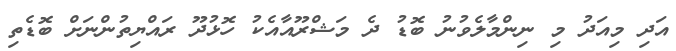
އަދި މިއަދު މި ނިންމާލެވުނު ބޮޑު ދެ މަޝްރޫއާއެކު ހޮޅުދޫ ރައްޔިތުންނަށް ބޮޑެތި